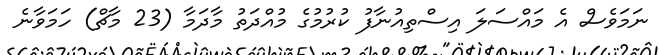
ނަމަވެސް އެ މައްސަލަ އިސްތިއުނާފު ކުރުމުގެ މުއްދަތު މާދަމާ (23 މާޗް) ހަމަވާނެ